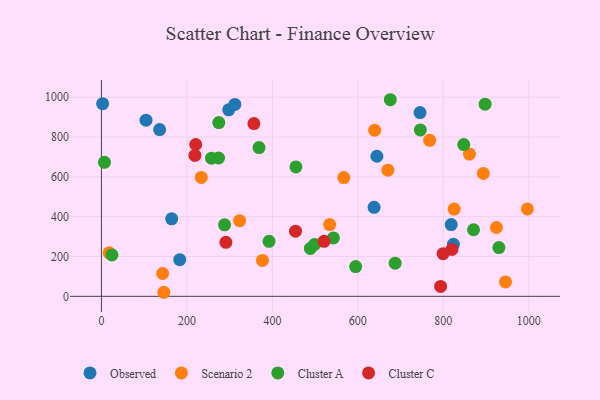
{"axis": {"x": "Price", "y": "Fuel Efficiency"}, "legend": ["Cluster A", "Cluster C", "Observed", "Scenario 2"], "data": [{"x": "104.3", "y": 884.8, "type": "Observed"}, {"x": "136.2", "y": 837.7, "type": "Observed"}, {"x": "644.5", "y": 703.6, "type": "Observed"}, {"x": "745.5", "y": 922.8, "type": "Observed"}, {"x": "297.8", "y": 936.9, "type": "Observed"}, {"x": "2.8", "y": 967.8, "type": "Observed"}, {"x": "312.2", "y": 964.0, "type": "Observed"}, {"x": "637.9", "y": 446.8, "type": "Observed"}, {"x": "818.4", "y": 360.6, "type": "Observed"}, {"x": "823.5", "y": 261.3, "type": "Observed"}, {"x": "183.2", "y": 184.3, "type": "Observed"}, {"x": "164.4", "y": 389.4, "type": "Observed"}, {"x": "376.8", "y": 180.5, "type": "Scenario 2"}, {"x": "143.2", "y": 114.7, "type": "Scenario 2"}, {"x": "893.5", "y": 617.4, "type": "Scenario 2"}, {"x": "323.3", "y": 379.9, "type": "Scenario 2"}, {"x": "996.6", "y": 439.0, "type": "Scenario 2"}, {"x": "670.2", "y": 633.4, "type": "Scenario 2"}, {"x": "567.1", "y": 596.4, "type": "Scenario 2"}, {"x": "825.3", "y": 438.0, "type": "Scenario 2"}, {"x": "534.0", "y": 360.3, "type": "Scenario 2"}, {"x": "146.0", "y": 20.4, "type": "Scenario 2"}, {"x": "861.1", "y": 714.6, "type": "Scenario 2"}, {"x": "945.4", "y": 72.5, "type": "Scenario 2"}, {"x": "233.6", "y": 597.0, "type": "Scenario 2"}, {"x": "639.3", "y": 834.0, "type": "Scenario 2"}, {"x": "768.0", "y": 783.6, "type": "Scenario 2"}, {"x": "18.0", "y": 218.5, "type": "Scenario 2"}, {"x": "924.2", "y": 345.6, "type": "Scenario 2"}, {"x": "7.1", "y": 673.2, "type": "Cluster A"}, {"x": "288.1", "y": 359.1, "type": "Cluster A"}, {"x": "257.6", "y": 693.8, "type": "Cluster A"}, {"x": "498.8", "y": 260.7, "type": "Cluster A"}, {"x": "870.6", "y": 334.4, "type": "Cluster A"}, {"x": "488.8", "y": 240.5, "type": "Cluster A"}, {"x": "930.0", "y": 244.7, "type": "Cluster A"}, {"x": "675.9", "y": 987.4, "type": "Cluster A"}, {"x": "687.2", "y": 166.7, "type": "Cluster A"}, {"x": "368.8", "y": 746.9, "type": "Cluster A"}, {"x": "24.6", "y": 208.1, "type": "Cluster A"}, {"x": "274.0", "y": 694.7, "type": "Cluster A"}, {"x": "594.8", "y": 149.6, "type": "Cluster A"}, {"x": "746.2", "y": 835.6, "type": "Cluster A"}, {"x": "455.1", "y": 650.0, "type": "Cluster A"}, {"x": "897.7", "y": 965.3, "type": "Cluster A"}, {"x": "542.9", "y": 293.1, "type": "Cluster A"}, {"x": "847.7", "y": 762.4, "type": "Cluster A"}, {"x": "392.2", "y": 276.1, "type": "Cluster A"}, {"x": "274.6", "y": 872.4, "type": "Cluster A"}, {"x": "793.6", "y": 49.8, "type": "Cluster C"}, {"x": "520.9", "y": 276.3, "type": "Cluster C"}, {"x": "220.6", "y": 762.6, "type": "Cluster C"}, {"x": "820.1", "y": 235.5, "type": "Cluster C"}, {"x": "454.1", "y": 327.2, "type": "Cluster C"}, {"x": "218.7", "y": 707.5, "type": "Cluster C"}, {"x": "799.4", "y": 214.3, "type": "Cluster C"}, {"x": "356.8", "y": 867.5, "type": "Cluster C"}, {"x": "291.2", "y": 271.2, "type": "Cluster C"}]}